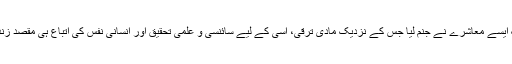
نتیجتاً ایک ایسے معاشرے نے جنم لیا جس کے نزدیک مادی ترقی، اسی کے لیے سائنسی و علمی تحقیق اور انسانی نفس کی اتباع ہی مقصدِ زندگی ٹھہرا۔